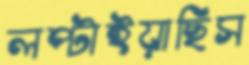
লপ্‌টাইয়াছিস